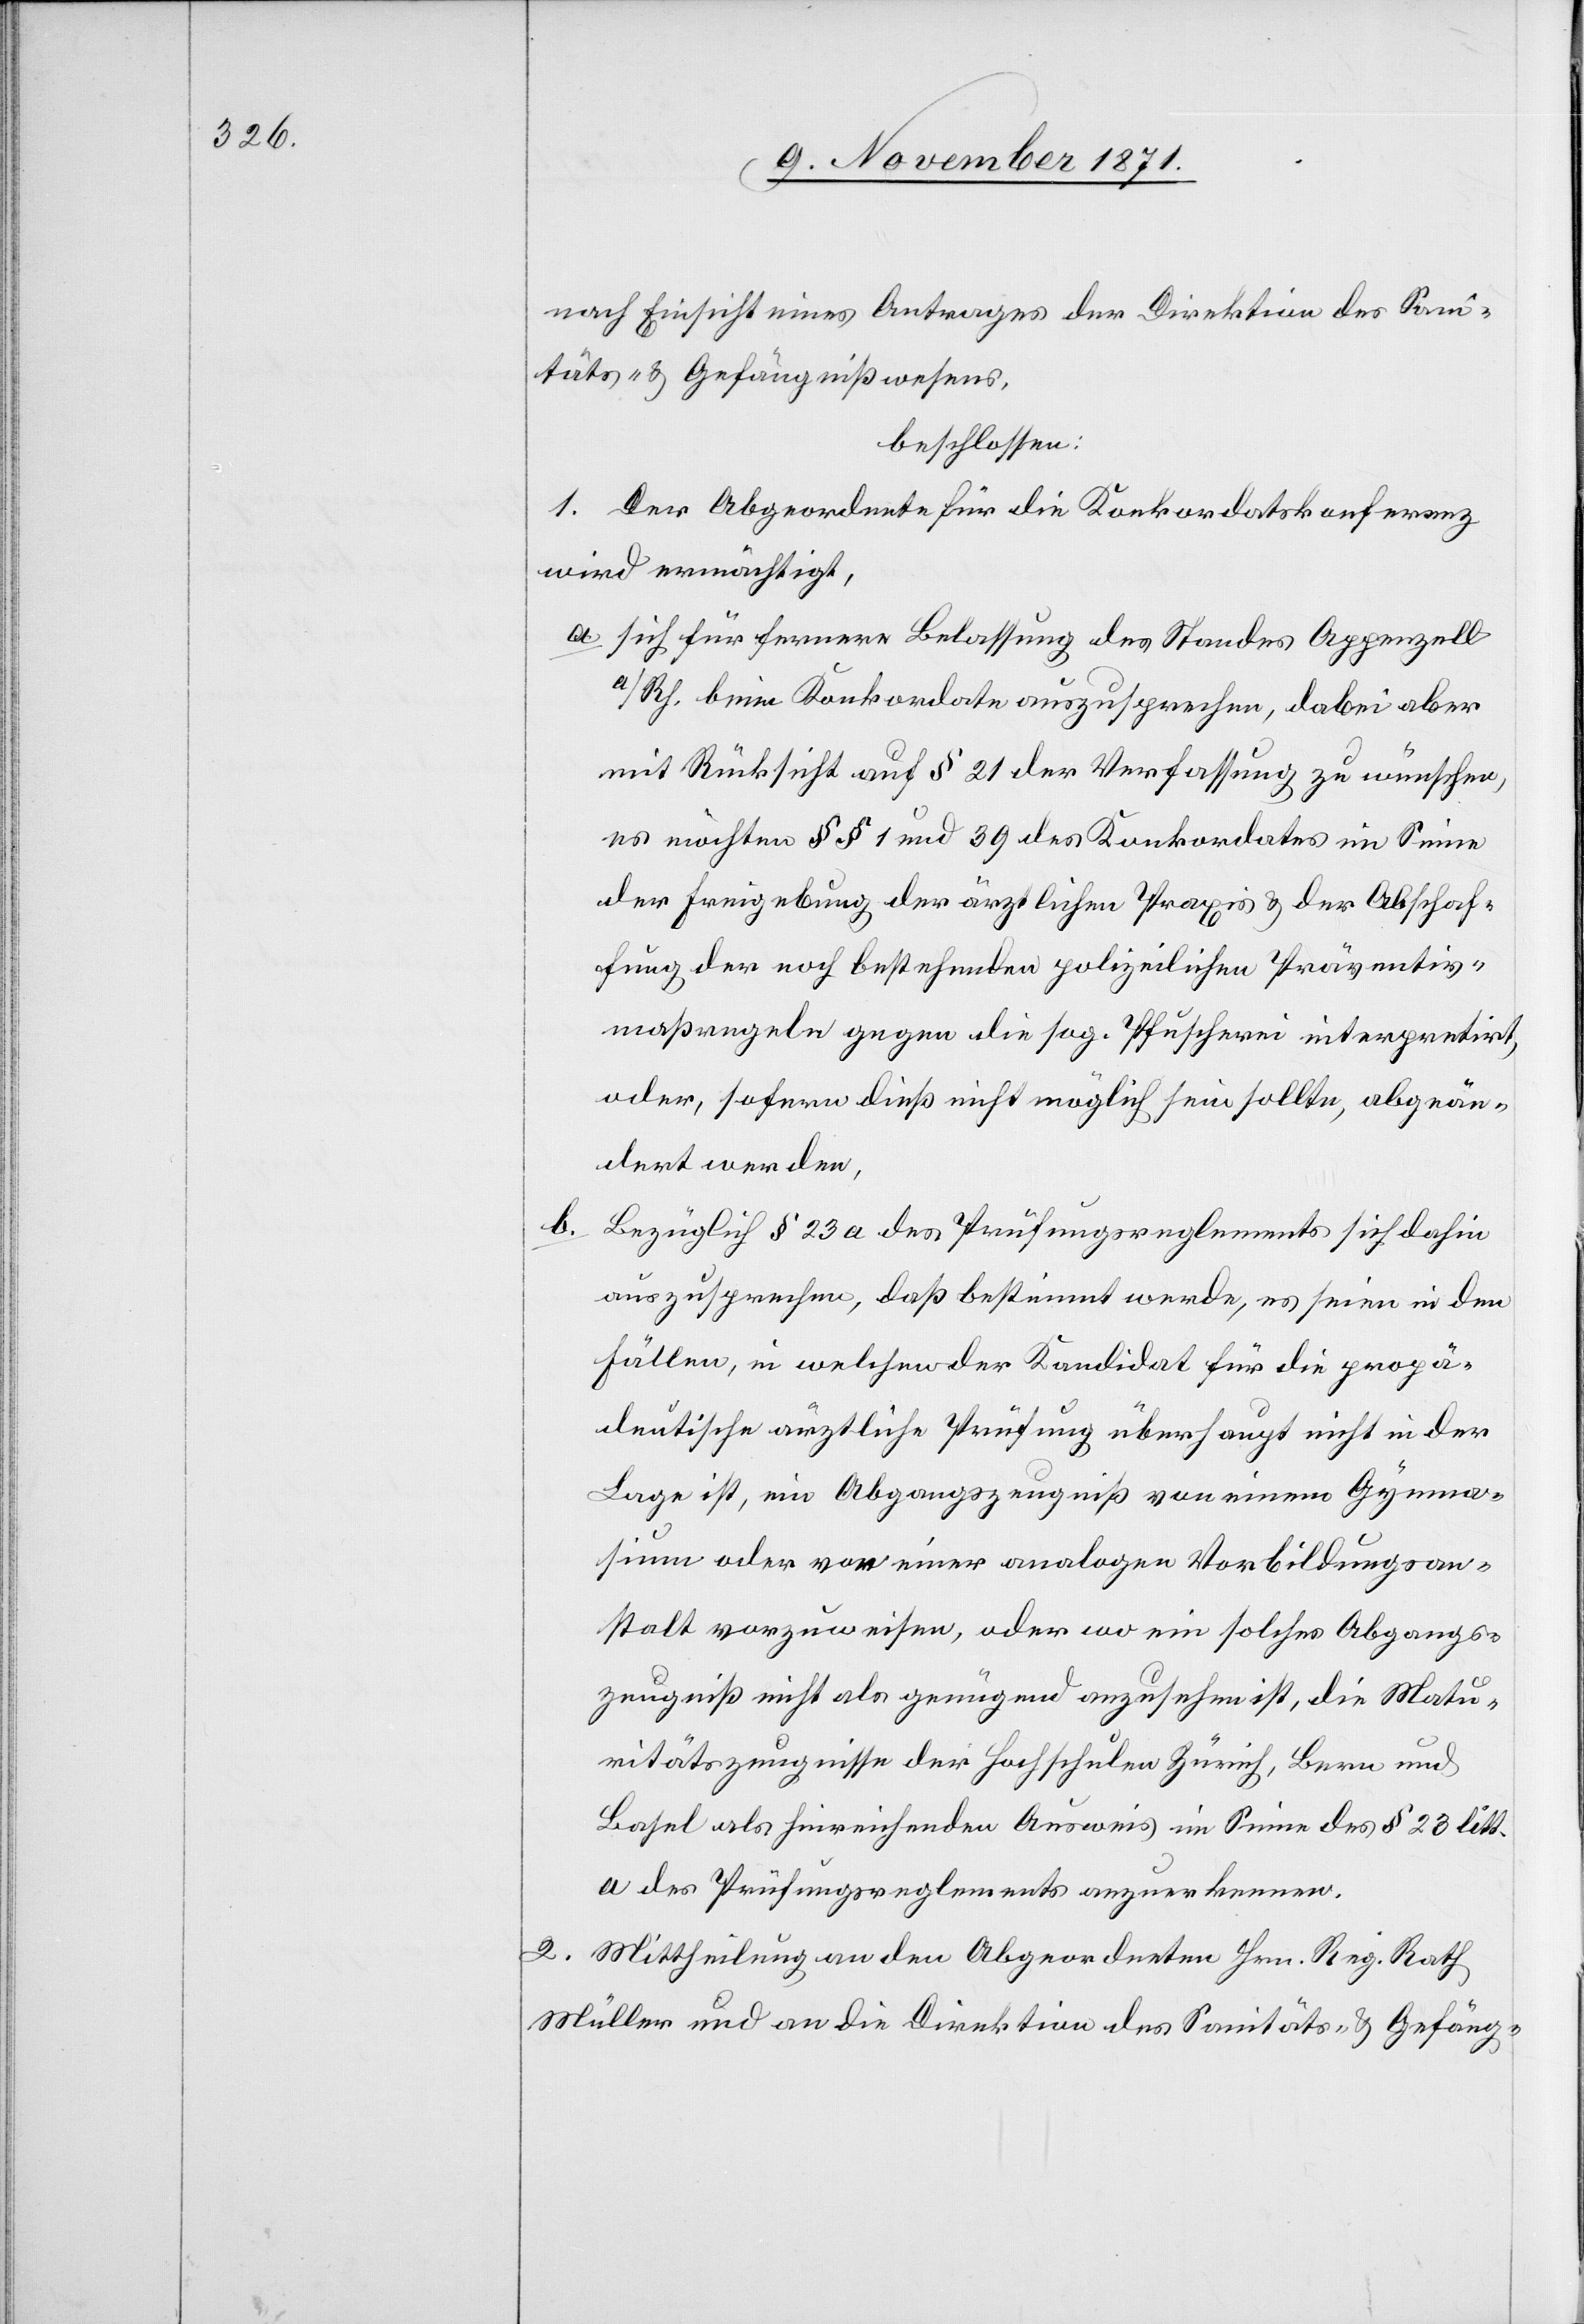
nach Einsicht eines Antrages der Direktion des Sani¬
täts- & Gefängnißwesens,
beschlossen:
1. Der Abgeordnete für die Konkordatskonferenz
wird ermächtigt,
a. Sich für fernere Belassung des Standes Appenzell
a/Rh. beim Konkordate auszusprechen, dabei aber
mit Rücksicht auf § 21 der Verfassung zu wünschen,
es möchten §§ 1 und 39 des Konkordates im Sinne
der Freigebung der ärztlichen Praxis & der Abschaf¬
fung der noch bestehenden polizeilichen Präventiv¬
maßregeln gegen die sog. Pfuscherei interpretirt,
oder, sofern dieß nicht möglich sein sollte abgeän¬
dert werden.
b. Bezüglich § 23 a des Prüfungsreglements sich dahin
auszusprechen, daß bestimmt werde, es seien in den
Fällen, in welchen der Kandidat für die propä¬
deutische ärztliche Prüfung überhaupt nicht in der
Lage ist, ein Abgangszeugniß von einem Gymna¬
sium oder von einer analogen Vorbildungan¬
stalt vorzuweisen, oder wo ein solches Abgangs¬
zeugniß nicht als genügend anzusehen ist, die Matu¬
ritätszeugnisse der Hochschule Zürich, Bern und
Basel als hinreichenden Ausweis im Sinne des § 23 litt.
a des Prüfungsreglements anzuerkennen.
2. Mittheilung an den Abgeordneten Hrn. Reg. Rath
Müller und an die Direktion des Sanitäts- & Gefäng-